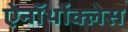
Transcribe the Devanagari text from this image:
ऐनॉर्थोक्लेस